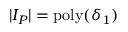
| I _ { P } | = \mathrm { p o l y } ( \delta _ { 1 } )